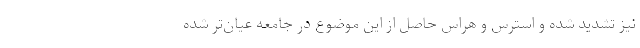
نیز تشدید شده و استرس و هراس حاصل از این موضوع در جامعه عیان‌تر شده